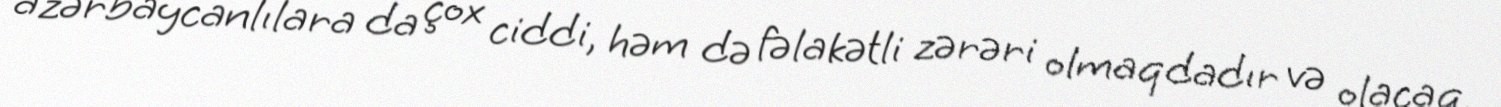
azərbaycanlılara da çox ciddi, həm də fəlakətli zərəri olmaqdadır və olacaq.